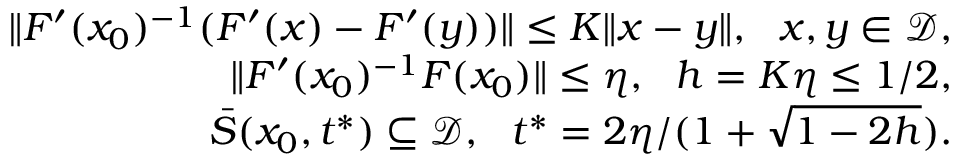
\begin{array} { r } { \| F ^ { \prime } ( { x } _ { 0 } ) ^ { - 1 } ( F ^ { \prime } ( { x } ) - F ^ { \prime } ( { y } ) ) \| \le K \| { x } - { y } \| , ~ ~ { x } , { y } \in \mathcal { D } , } \\ { \| F ^ { \prime } ( { x } _ { 0 } ) ^ { - 1 } F ( { x } _ { 0 } ) \| \le \eta , ~ ~ h = K \eta \le 1 / 2 , } \\ { \bar { S } ( { x } _ { 0 } , t ^ { * } ) \subseteq \mathcal { D } , ~ ~ t ^ { * } = 2 \eta / ( 1 + \sqrt { 1 - 2 h } ) . } \end{array}